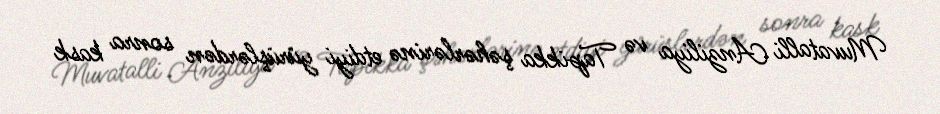
Muvatalli Anziliya və Tapikka şəhərlərinə etdiyi yürüşlərdən sonra kask